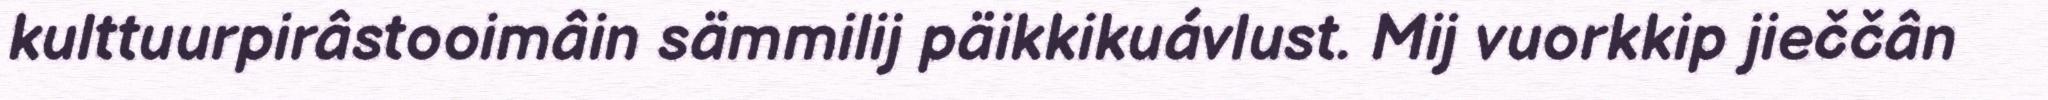
kulttuurpirâstooimâin sämmilij päikkikuávlust. Mij vuorkkip jieččân